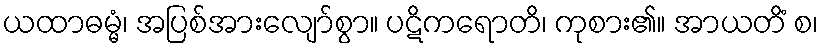
ယထာဓမ္မံ၊ အပြစ်အားလျော်စွာ။ ပဋိကရောတိ၊ ကုစား၏။ အာယတိံ စ၊